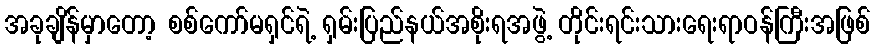
အခုချိန်မှာတော့ စစ်ကော်မရှင်ရဲ့ ရှမ်းပြည်နယ်အစိုးရအဖွဲ့ တိုင်းရင်းသားရေးရာဝန်ကြီးအဖြစ်